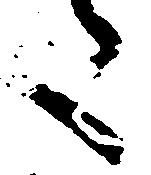
た